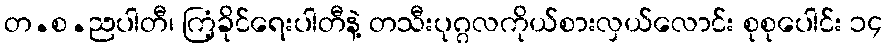
တ.စ.ညပါတီ၊ ကြံ့ခိုင်ရေးပါတီနဲ့ တသီးပုဂ္ဂလကိုယ်စားလှယ်လောင်း စုစုပေါင်း ၁၄